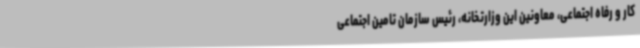
کار و رفاه اجتماعی، معاونین این وزارتخانه، رئیس سازمان تامین اجتماعی